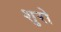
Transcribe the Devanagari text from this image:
शुरो